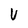
Character: V